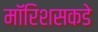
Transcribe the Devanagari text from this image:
मॉरिशसकडे